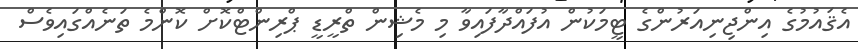
އެޤައުމުގެ އިންޖިނިއަރުންގެ ޓީމަކުން އުފައްދާފައިވާ މި މެޝިން ތްރީޑީ ޕްރިންޓްކޮށް ކޮންމެ ތަނެއްގައިވެސް